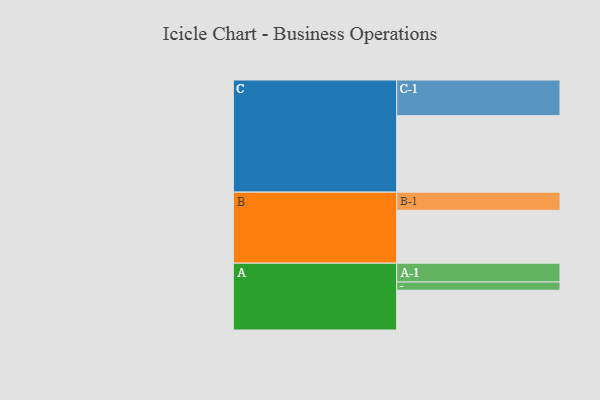
{"axis": {"x": "Segment", "y": "Value"}, "legend": ["", "A", "B", "C"], "data": [{"x": "A", "y": 300, "type": ""}, {"x": "B", "y": 399, "type": ""}, {"x": "C", "y": 577, "type": ""}, {"x": "A-1", "y": 142, "type": "A"}, {"x": "A-2", "y": 62, "type": "A"}, {"x": "B-1", "y": 137, "type": "B"}, {"x": "C-1", "y": 269, "type": "C"}]}